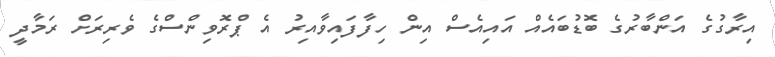
އިރާގުގެ އަންބާރުގެ ބޮޑުބައެއް އައިއެސް އިން ހިފާފައިވާއިރު އެ ޕްރޮވިންސްގެ ވެރިރަށް ރަމާދީ